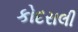
કોદરાલી